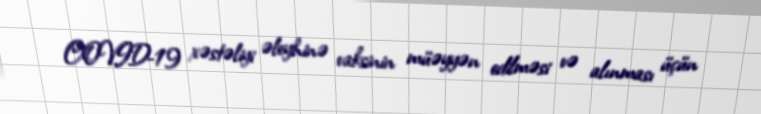
COVID-19 xəstəliyi əleyhinə vaksinin müəyyən edilməsi və alınması üçün